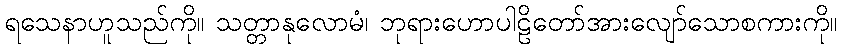
ရသေနာဟူသည်ကို။ သတ္တာနုလောမံ၊ ဘုရားဟောပါဠိတော်အားလျော်သောစကားကို။